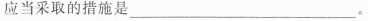
应当采取的措施是___。